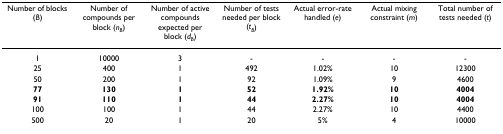
| Number of blocks (B) | Number of compounds per block (nB) | Number of active compounds expected per block (dB) | Number of tests needed per block (tB) | Actual error-rate handled (e) | Actual mixing constraint (m) | Total number of tests needed (t) |
 | --- | --- | --- | --- | --- | --- | --- |
 | 1 | 10000 | 3 | - | - | - | - |
 | 25 | 400 | 1 | 492 | 1.02% | 10 | 12300 |
 | 50 | 200 | 1 | 92 | 1.09% | 9 | 4600 |
 | 77 | 130 | 1 | 52 | 1.92% | 10 | 4004 |
 | 91 | 110 | 1 | 44 | 2.27% | 10 | 4004 |
 | 100 | 100 | 1 | 44 | 2.27% | 10 | 4400 |
 | 500 | 20 | 1 | 20 | 5% | 4 | 10000 |